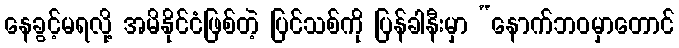
နေခွင့်မရလို့ အမိနိုင်ငံဖြစ်တဲ့ ပြင်သစ်ကို ပြန်ခါနီးမှာ “နောက်ဘဝမှာတောင်